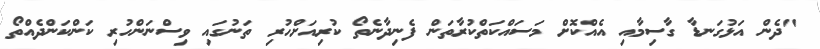
"ދެން އަޅުގަނޑާ ގާސިމާއި އެއްކޮށް މަސައްކަތްކުރާތަން ފެނިދާނެތޯ ކުރިއަށްހުރި ތަނުގައި ވިސްނަންހުރި ކަންކަންދެއްތޯ